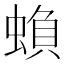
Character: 蝜